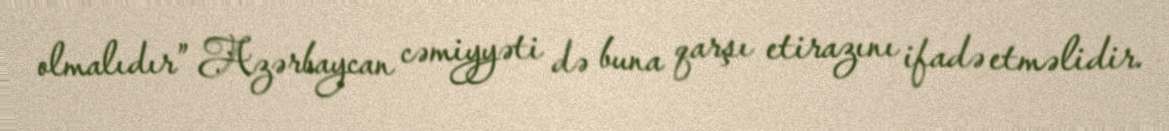
olmalıdır” Azərbaycan cəmiyyəti də buna qarşı etirazını ifadə etməlidir.